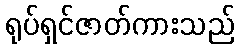
ရုပ်ရှင်ဇာတ်ကားသည်